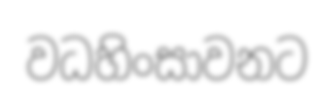
වධහිංසාවනට